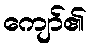
ကျော်၏